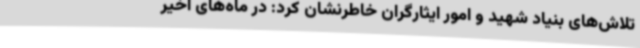
تلاش‌های بنیاد شهید و امور ایثارگران خاطرنشان کرد: در ماه‌های اخیر